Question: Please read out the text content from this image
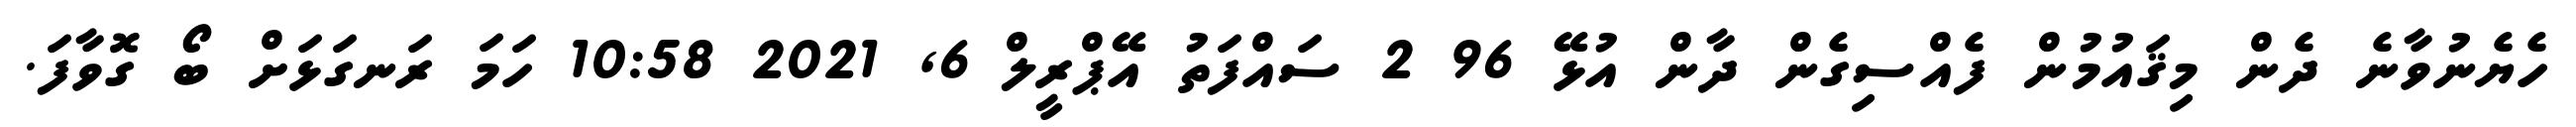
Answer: ހެޔެނުވާނެ ދެން މިޤައުމުން ފެއްސިގެން ދާން އުޅޭ 96 2 ސައްފަތު އޭޕްރީލް 6, 2021 10:58 ހަމަ ރަނގަޅަށް ބޯ ގޮވާފަ.